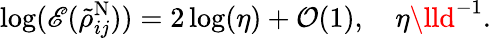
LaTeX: \log(\mathscr{E}(\tilde{{\rho}}_{ij}^{\mathrm{{N}}}))=2\log(\eta)+\mathcal{{O}}(1),\quad\eta\lld^{-1}.